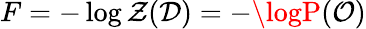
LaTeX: F=-\log\mathcal{Z}(\mathcal{{D}})=-\logP(\mathcal{{O}})